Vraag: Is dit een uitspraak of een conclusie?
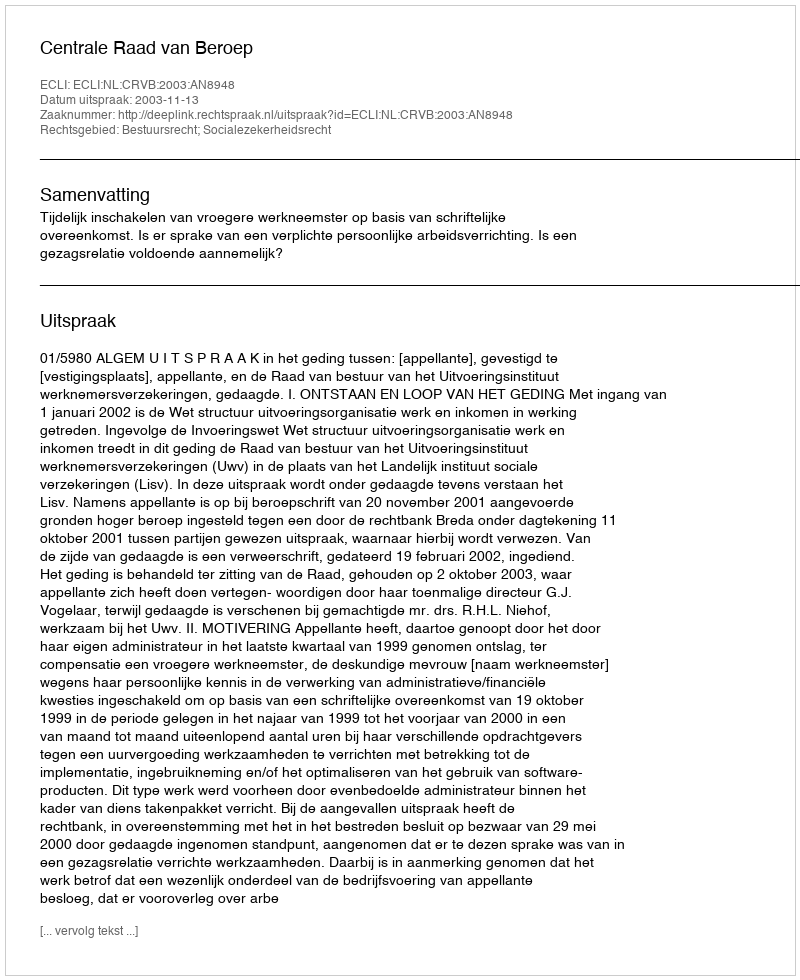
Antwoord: Uitspraak